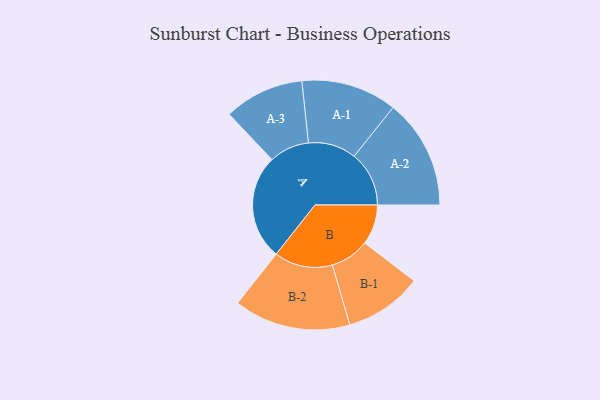
{"axis": {"x": "Segment", "y": "Value"}, "legend": ["", "A", "B"], "data": [{"x": "A", "y": 494, "type": ""}, {"x": "B", "y": 188, "type": ""}, {"x": "A-1", "y": 225, "type": "A"}, {"x": "A-2", "y": 258, "type": "A"}, {"x": "A-3", "y": 188, "type": "A"}, {"x": "B-1", "y": 183, "type": "B"}, {"x": "B-2", "y": 274, "type": "B"}]}